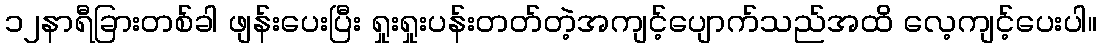
၁၂နာရီခြားတစ်ခါ ဖျန်းပေးပြီး ရှုးရှုးပန်းတတ်တဲ့အကျင့်ပျောက်သည်အထိ လေ့ကျင့်ပေးပါ။